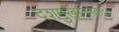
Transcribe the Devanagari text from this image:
दशमुखान्तकः।